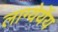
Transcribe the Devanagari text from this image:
लाग्येर्येय